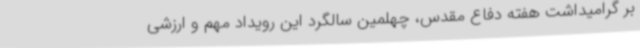
بر گرامیداشت هفته دفاع مقدس، چهلمین سالگرد این رویداد مهم و ارزشی